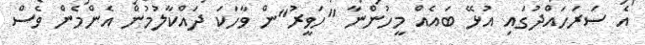
އެ ސަރަހައްދުގައި އުޅޭ ބައެއް މީހުންނާ "ހަވީރު"ން ވާހަކަ ދައްކާލުމުން އެންމެން ވެސް